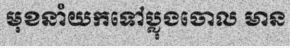
មុខនាំយកទៅប្លុងចោល មាន